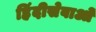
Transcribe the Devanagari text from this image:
हिंदीसेवाओं